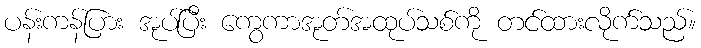
ပန်းကန်ပြား အုပ်ပြီး ကွေကာအုတ်အထုပ်သစ်ကို တင်ထားလိုက်သည်။